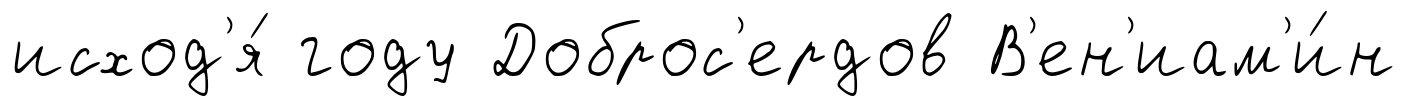
исход'я́ году Доброс'ердов В'ен'иам'и́н